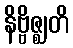
နိဗ္ဗိဇ္ဈတိ